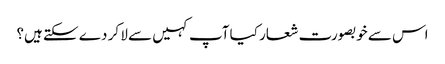
اس سے خوبصورت شعار کیا آپ کہیں سے لا کر دے سکتے ہیں؟